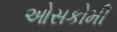
ઓસકોમી